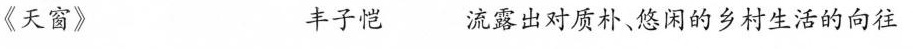
《天窗》 丰子恺流露出对质朴，悠闲的乡村生活的向往